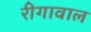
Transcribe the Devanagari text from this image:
रीगावाल